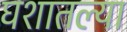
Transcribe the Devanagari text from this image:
घशातल्या